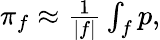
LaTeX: \begin{array}{r}{\pi_{f}\approx\frac{1}{|f|}\int_{f}p,}\end{array}